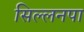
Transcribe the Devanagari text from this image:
सिल्लनपा